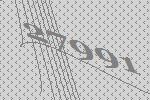
27991